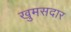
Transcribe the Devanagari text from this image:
खुमसदार